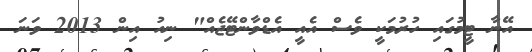
އޭނާ ޓީމުގައި ހުރުމަކީ ވެސް އެއީ އެޑްވާންޓޭޖެއް" ނިއު އިން 2013 ވަނަ